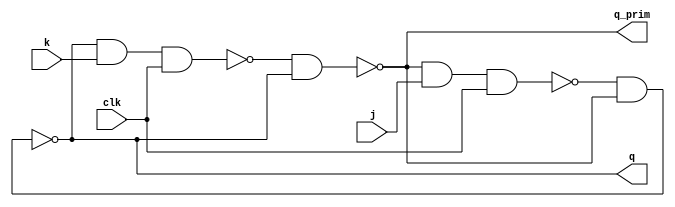
module FlipFlop_JK(input j,k,clk, output q,q_prim);

	wire s,r;

	nand(r,q_prim,j,clk);
	nand(s,q,k,clk);
	nand(q,r,q_prim);
	nand(q_prim,s,q);

endmodule